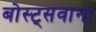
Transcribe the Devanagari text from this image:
बोस्ट्सवाना